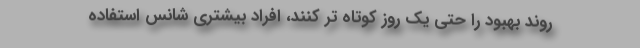
روند بهبود را حتی یک روز کوتاه تر کنند، افراد بیشتری شانس استفاده